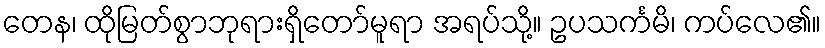
တေန၊ ထိုမြတ်စွာဘုရားရှိတော်မူရာ အရပ်သို့။ ဥပသင်္ကမိ၊ ကပ်လေ၏။